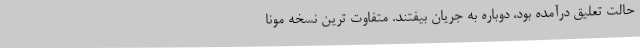
حالت تعلیق درآمده بود، دوباره به جریان بیفتند. متفاوت ترین نسخه مونا